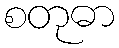
စတုဓာ